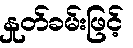
နှုတ်ခမ်းဖြင့်